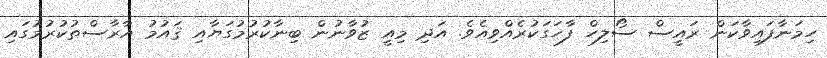
ހިމަނާފައިވާކަން ރައީސް ސޯލިހް ފާހަގަކުރެއްވިއެވެ. އަދި މިއީ ޒުވާނުން ބިނާކުރުމުގަޔާއި ޤައުމު އާރާސްތުކުރުމުގައި